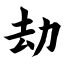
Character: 劫